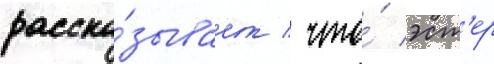
расска́зывает / что́ эст'ер